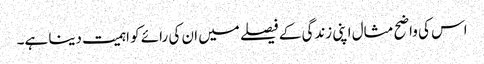
اس کی واضح مثال اپنی زندگی کے فیصلے میں ان کی رائے کو اہمیت دینا ہے۔